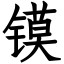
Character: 镆